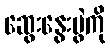
ဆွေးနွေးပွဲကို